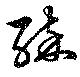
醉